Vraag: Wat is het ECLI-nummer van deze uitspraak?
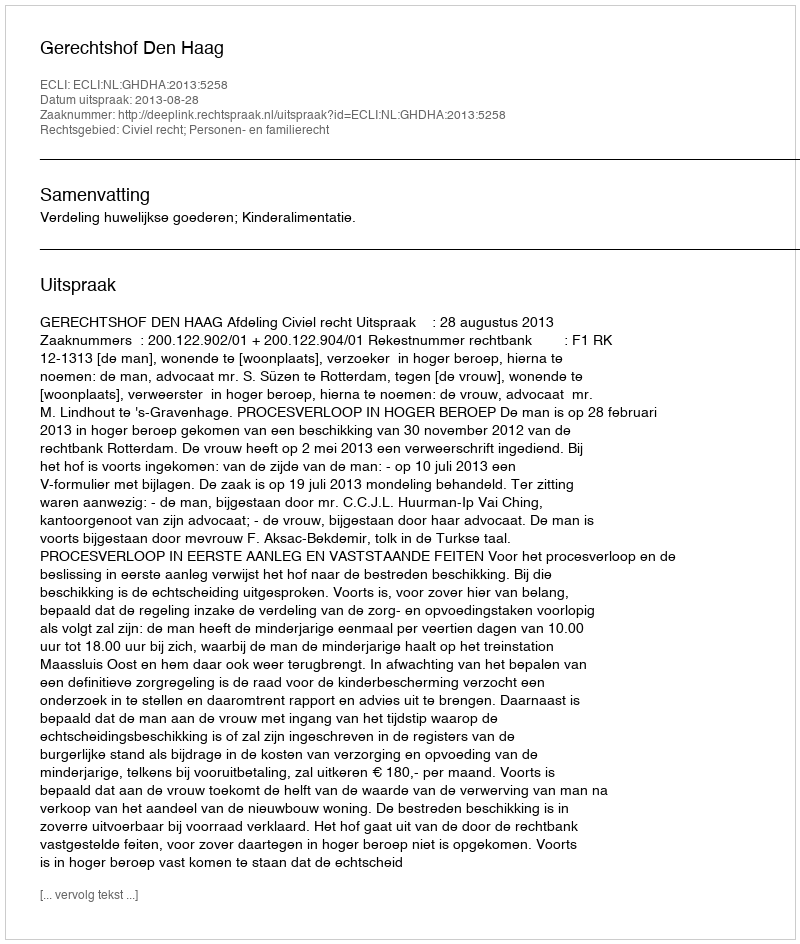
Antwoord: ECLI:NL:GHDHA:2013:5258